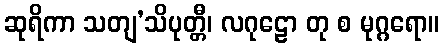
ဆုရိကာ သတျ’သိပုတ္တီ၊ လဂုဠော တု စ မုဂ္ဂရော။